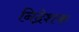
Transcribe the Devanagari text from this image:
निद्रेशक